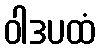
ဝါဒပထံ